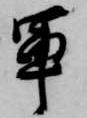
軍